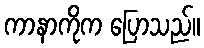
ကာနာကိုက ပြောသည်။